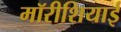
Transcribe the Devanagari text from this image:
मॉरीशियाई